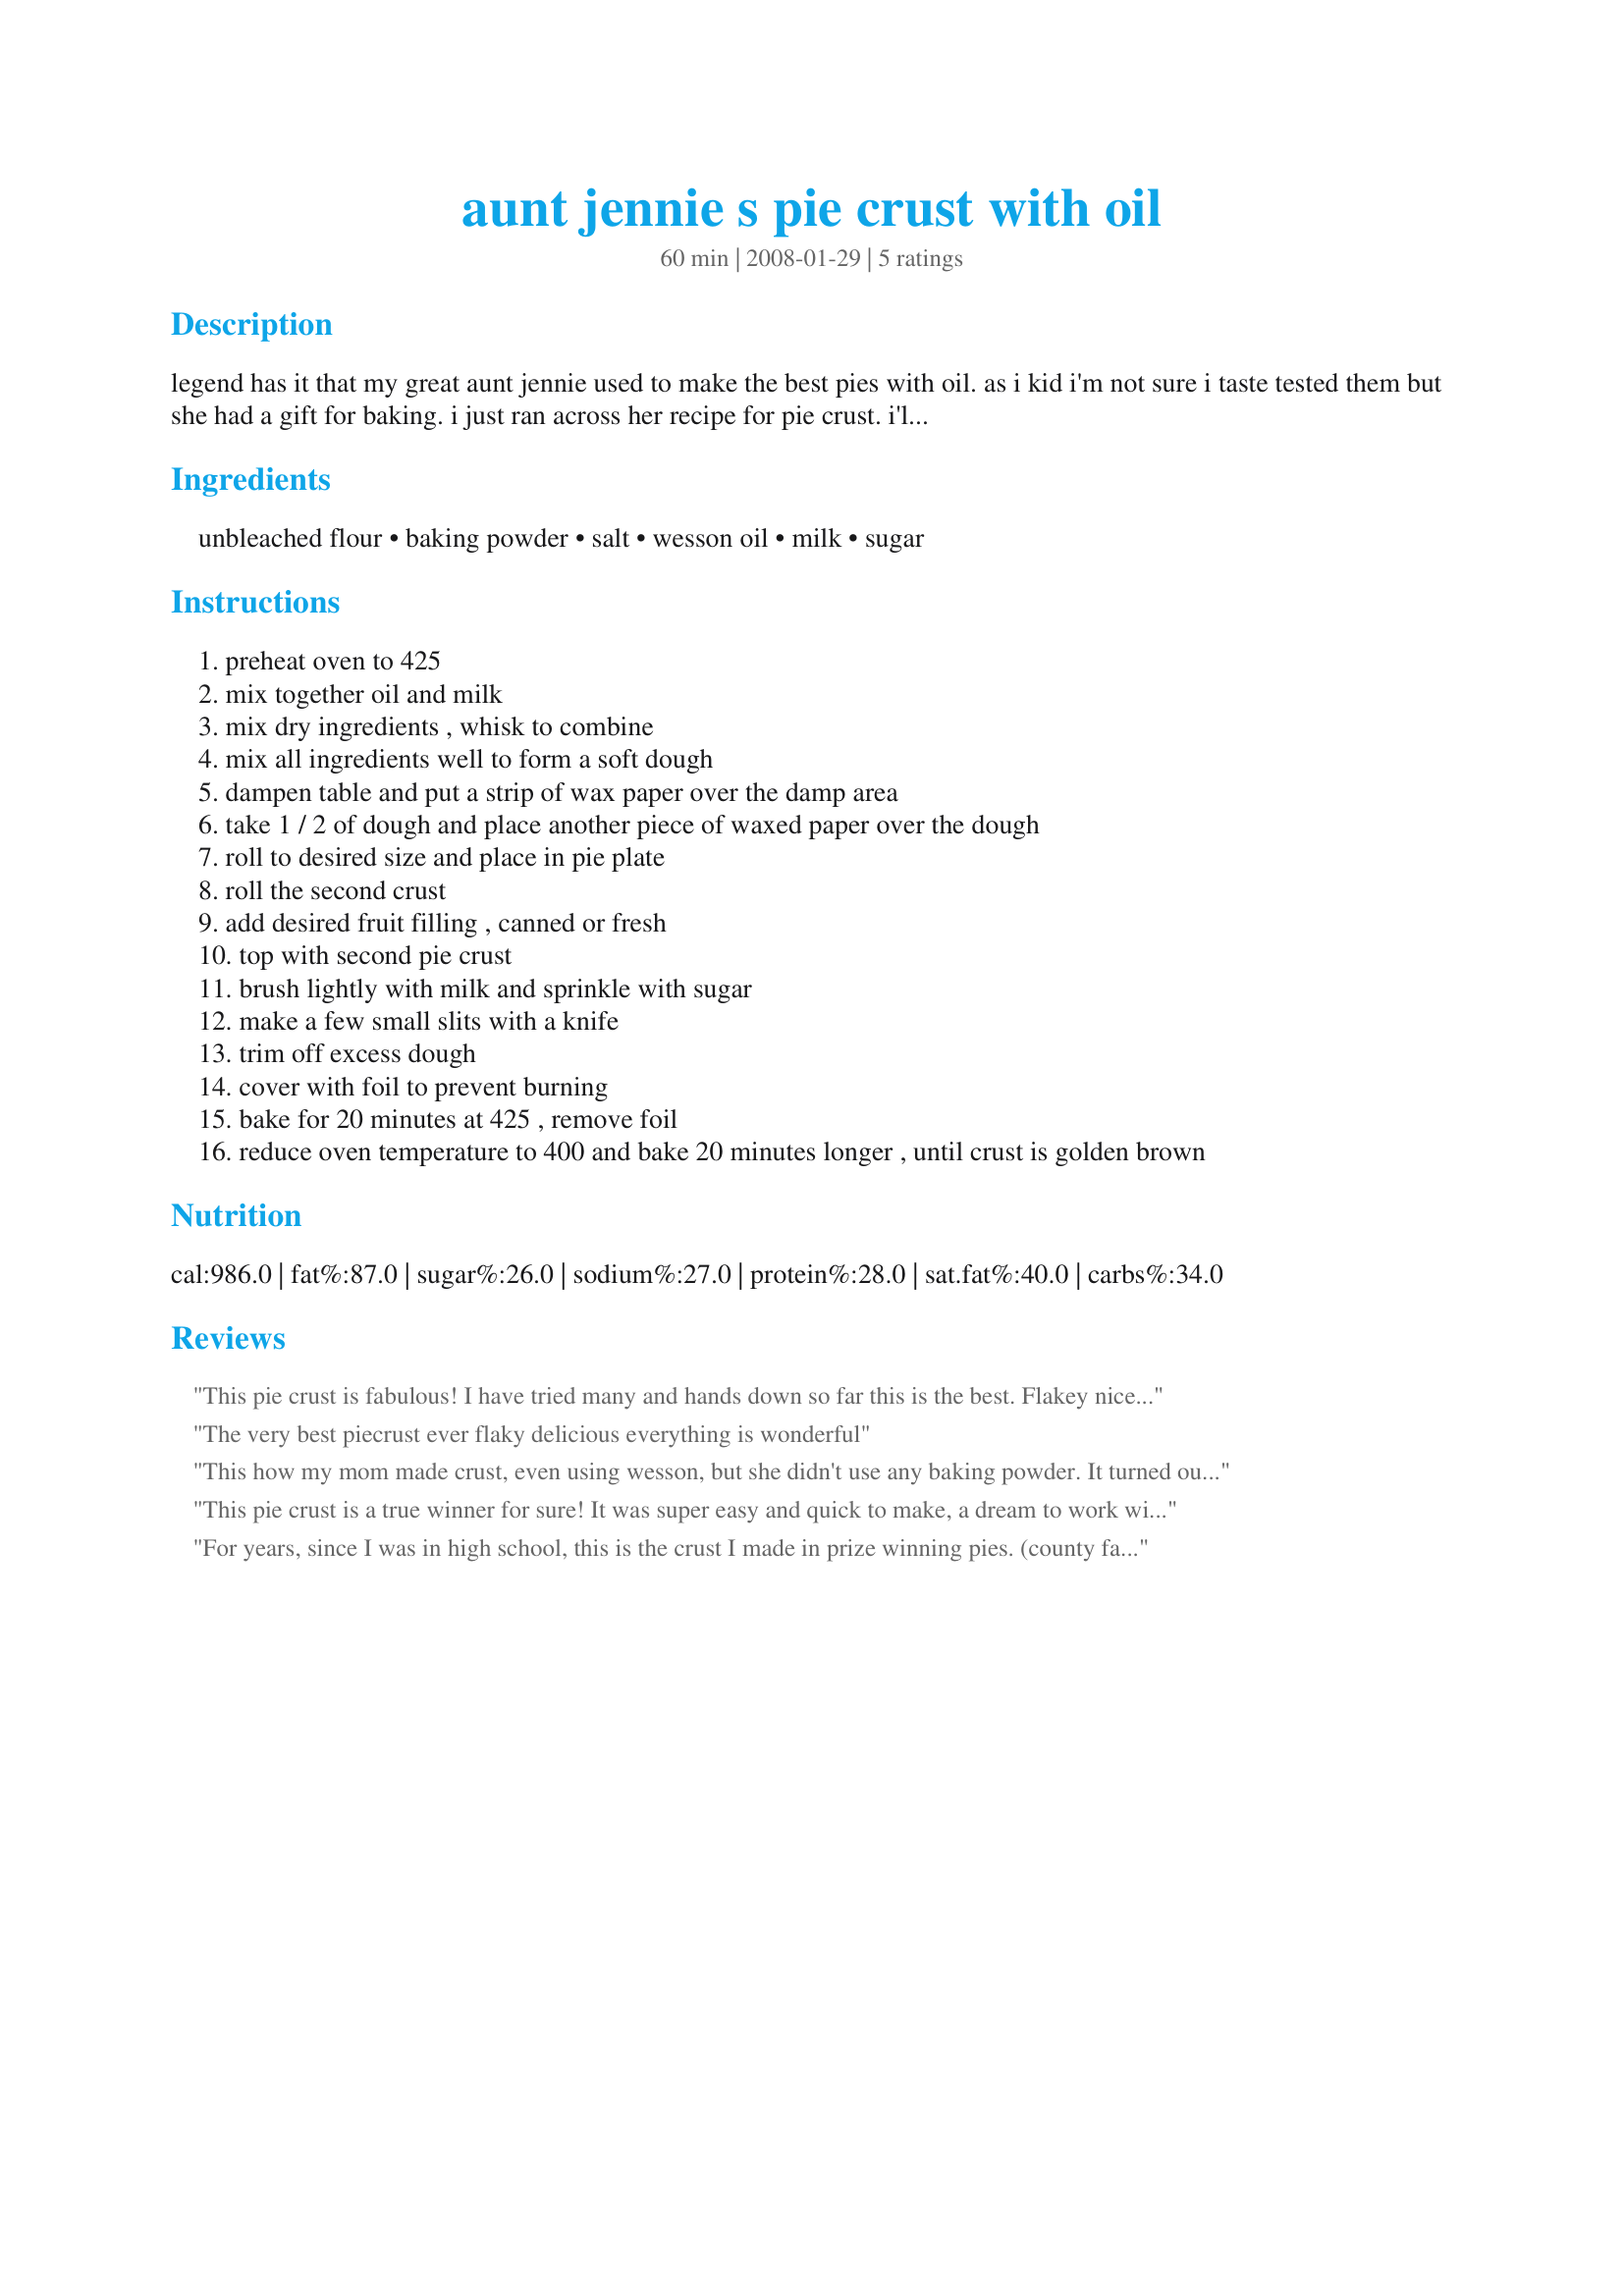
aunt jennie s pie crust with oil
Preparation time: 60 minutes

legend has it that my great aunt jennie used to make the best pies with oil. as i kid i'm not sure i taste tested them but she had a gift for baking. i just ran across her recipe for pie crust. i'll be making it soon, but in the mean time.... give it a try and please rate.

Ingredients:
unbleached flour, baking powder, salt, wesson oil, milk, sugar

Steps:
preheat oven to 425
mix together oil and milk
mix dry ingredients , whisk to combine
mix all ingredients well to form a soft dough
dampen table and put a strip of wax paper over the damp area
take 1 / 2 of dough and place another piece of waxed paper over the dough
roll to desired size and place in pie plate
roll the second crust
add desired fruit filling , canned or fresh
top with second pie crust
brush lightly with milk and sprinkle with sugar
make a few small slits with a knife
trim off excess dough
cover with foil to prevent burning
bake for 20 minutes at 425 , remove foil
reduce oven temperature to 400 and bake 20 minutes longer , until crust is golden brown

Reviews:
This pie crust is fabulous! I have tried many and hands down so far this is the best. Flakey nicely golden brown with a great flavor. Will be my go to pie crust recipe from now on. I tried it as I was short butter and shortening which I usually use 50/50. I received a God Wink today to try something new. Thanks for sharing a great recipe.
The very best piecrust ever flaky delicious everything is wonderful
This how my mom made crust, even using wesson, but she didn't use any baking powder. It turned out nicely anyway. It's about the only thing she taught me to make.
This pie crust is a true winner for sure! It was super easy and quick to make, a dream to work with and great tasting, too! Loved the flakiness of this crust and how fool-proof the recipe was!<br/>I needed a tad less liquid, even though I used half whole spelt flour in place of the ap. Other than that your recipe was spot on. I used it for a savoury pie (Recipe #458164) thus leaving out the sugar.<br/>THANK YOU SO MUCH for sharing this great, great recipe with us. Ill surely make this again!<br/><br/>Update: As of November 2011 Ive also made the sweet version using it in recipe #375894 and it was fabulous as well! Loved the hint of sugar, just the right amount for our taste!<br/><br/>Update #2: As of December 2011 Ive made the full recipe for a double crust pie (see my pic) using it for Recipe #336882 and it worked out fabulously. Mmmm, great as I had expected it to be! Accidentally I used all whole rye flour and it still came out superb. Such a keeper, I cannot say enough good things about this recipe. It is such a winner!<br/><br/>Update #3: As of January 2012 Ive yet again tried this wonderful recipe in a new recipe. I made Recipe #472426 and once again the crust delivered. It was light, flaky and super tasty! THANKS again for sharing this winner!<br/><br/>Update #4: As of July 2012 Ive tried this in another savoury recipe (recipe #463990) this time using all white flour and melted garlic-infused butter in place of the oil, which was superb as well. The dough was a tad lighter and more fragile while handeling it, but still rolled out like a dream and baked up flaky and tasty. Im still a fan of this recipe and must tell you that I havent used any other recipe since discovering this gem. Thanks again for sharing it here!
For years, since I was in high school, this is the crust I made in prize winning pies. (county fair, Umatilla County Oregon) Then, I decided to go with the classic recipes with combined butter and shortening, ice water, etc, and it's true they are more flaky, but today I wanted to make some pies in a hurry and I decided to make my tried and true and looked up this recipe to make sure I remembered. I didn't use baking powder -- just flour, salt, oil and milk. Today I used whey instead of milk, and that worked out really well. Thanks for having the recipe to tweak my memory!
